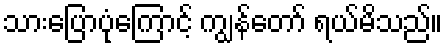
သားပြောပုံကြောင့် ကျွန်တော် ရယ်မိသည်။